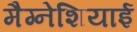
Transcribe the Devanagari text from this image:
मैग्नेशियाई